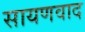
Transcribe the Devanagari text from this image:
सायणवाद